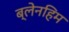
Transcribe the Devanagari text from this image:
ब्लेनहिम